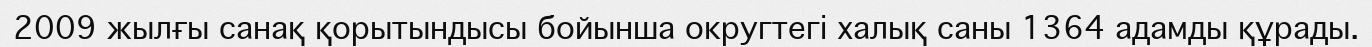
2009 жылғы санақ қорытындысы бойынша округтегі халық саны 1364 адамды құрады.